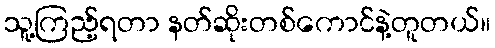
သူ့ကြည့်ရတာ နတ်ဆိုးတစ်ကောင်နဲ့တူတယ်။